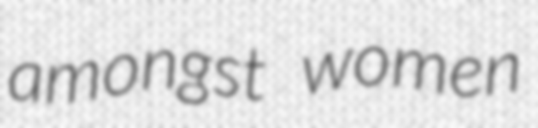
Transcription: amongst women